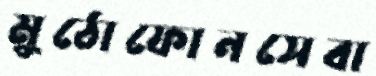
মুঠোফোনসেবা